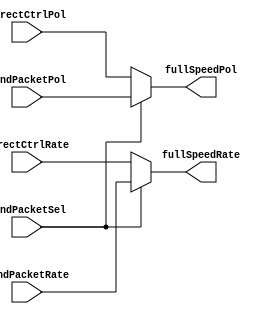
module speedCtrlMux_simlib (directCtrlRate, directCtrlPol, sendPacketRate, sendPacketPol, sendPacketSel, fullSpeedRate, fullSpeedPol);
input   directCtrlRate;
input   directCtrlPol;
input   sendPacketRate;
input   sendPacketPol;
input   sendPacketSel;
output  fullSpeedRate;
output  fullSpeedPol;

wire   directCtrlRate;
wire   directCtrlPol;
wire   sendPacketRate;
wire   sendPacketPol;
wire   sendPacketSel;
reg   fullSpeedRate;
reg   fullSpeedPol;


always @(directCtrlRate or directCtrlPol or sendPacketRate or sendPacketPol or sendPacketSel)
begin
  if (sendPacketSel == 1'b1) 
  begin
  fullSpeedRate <= sendPacketRate;
  fullSpeedPol <= sendPacketPol;
  end
  else
  begin
  fullSpeedRate <= directCtrlRate;
  fullSpeedPol <= directCtrlPol;
  end
end

endmodule